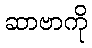
ဆာဗာကို